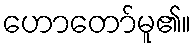
ဟောတော်မူ၏။